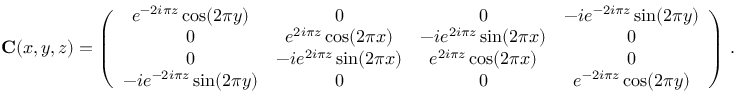
\mathbf { C } ( x , y , z ) = \left( \begin{array} { c c c c } { e ^ { - 2 i \pi z } \cos ( 2 \pi y ) } & { 0 } & { 0 } & { - i e ^ { - 2 i \pi z } \sin ( 2 \pi y ) } \\ { 0 } & { e ^ { 2 i \pi z } \cos ( 2 \pi x ) } & { - i e ^ { 2 i \pi z } \sin ( 2 \pi x ) } & { 0 } \\ { 0 } & { - i e ^ { 2 i \pi z } \sin ( 2 \pi x ) } & { e ^ { 2 i \pi z } \cos ( 2 \pi x ) } & { 0 } \\ { - i e ^ { - 2 i \pi z } \sin ( 2 \pi y ) } & { 0 } & { 0 } & { e ^ { - 2 i \pi z } \cos ( 2 \pi y ) } \end{array} \right) \, .